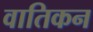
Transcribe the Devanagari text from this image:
वातिकन